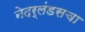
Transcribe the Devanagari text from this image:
नेदर्लंडसचा